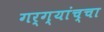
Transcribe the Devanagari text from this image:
गर्ग्यांच्चा